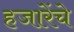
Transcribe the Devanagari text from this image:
हजारेंचे